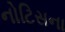
નોટિસના